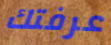
عرفتك